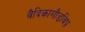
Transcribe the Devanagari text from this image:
वैदिकागौड़विप्र